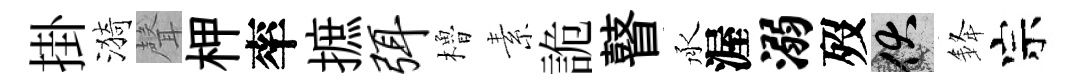
掛漪聲柙率摭弭櫓素詭瞽承渥溺歿伏𨦟宗